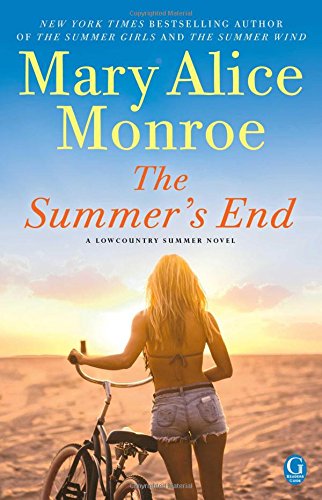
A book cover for The Summer's End (Lowcountry Summer); Mary Alice Monroe; Romance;